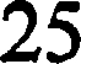
25